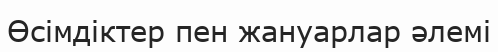
Өсімдіктер пен жануарлар әлемі